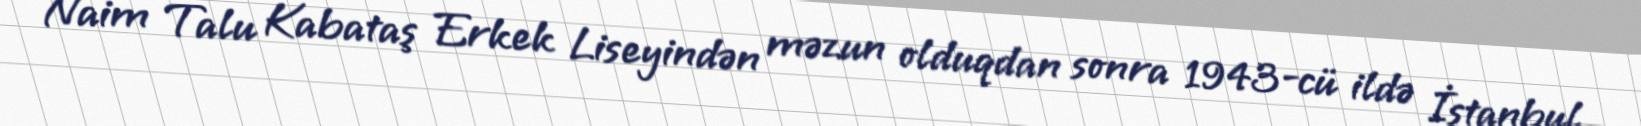
Naim Talu Kabataş Erkek Liseyindən məzun olduqdan sonra 1943-cü ildə İstanbul